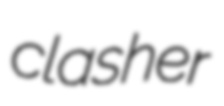
clasher